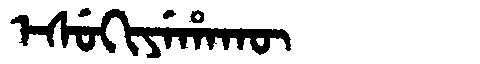
Manchu: ᡝᠰᡠᡴᡳᠶᡝᡥᠠᡴᡡ
Romanization: ESUKIYEHAKŪ